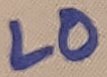
Text: LO